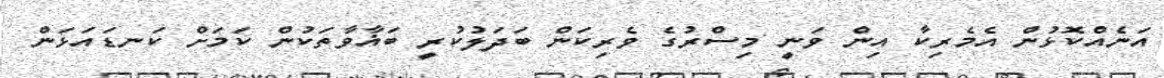
އަނެއްކޮޅުން އެމެރިކާ އިން ވަނީ މިސްރުގެ ވެރިކަން ބަދަލުކުރީ ބަޣާވާތަކުން ކަމަށް ކަނޑައަޅަން